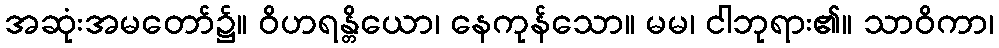
အဆုံးအမတော်၌။ ဝိဟရန္တိယော၊ နေကုန်သော။ မမ၊ ငါဘုရား၏။ သာဝိကာ၊